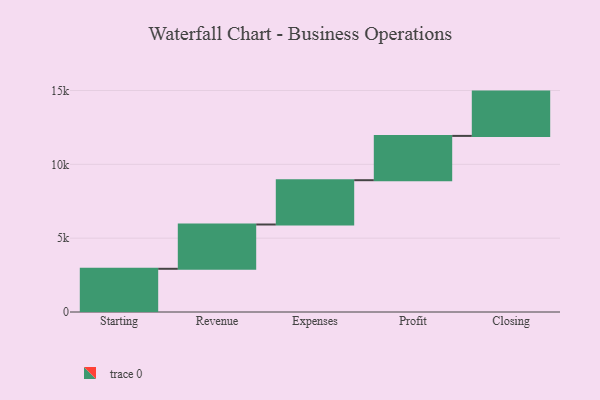
{"axis": {"x": "Step", "y": "Value"}, "legend": [""], "data": [{"x": "Starting", "y": 2926.0, "type": ""}, {"x": "Revenue", "y": 3000, "type": ""}, {"x": "Expenses", "y": 3000, "type": ""}, {"x": "Profit", "y": 3000, "type": ""}, {"x": "Closing", "y": 3000, "type": ""}]}